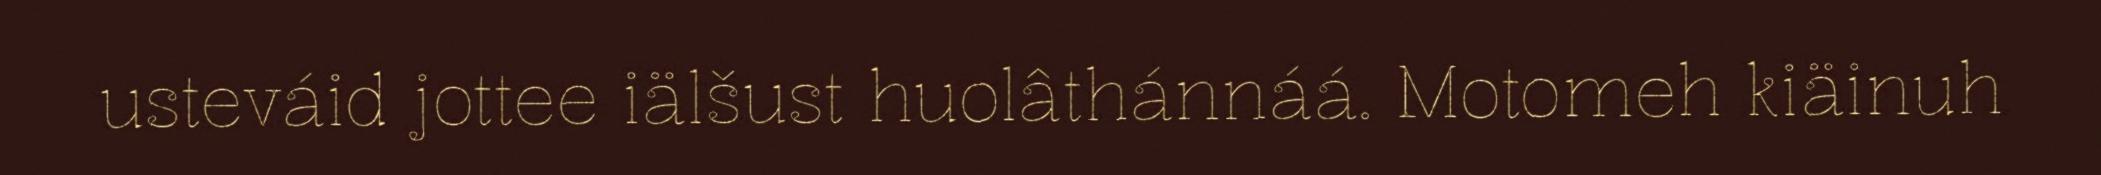
usteváid jottee iälšust huolâthánnáá. Motomeh kiäinuh